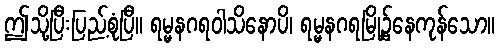
ဤသို့ပြီးပြည့်စုံပြီ။ ရမ္မနဂရဝါသိနောပိ၊ ရမ္မနဂရမြို့၌နေကုန်သော။